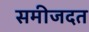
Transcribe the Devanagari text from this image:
समीजदत